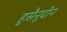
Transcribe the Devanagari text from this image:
हुसैनुदीन